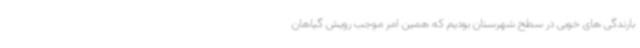
بارندگی های خوبی در سطح شهرستان بودیم که همین امر موجب رویش گیاهان